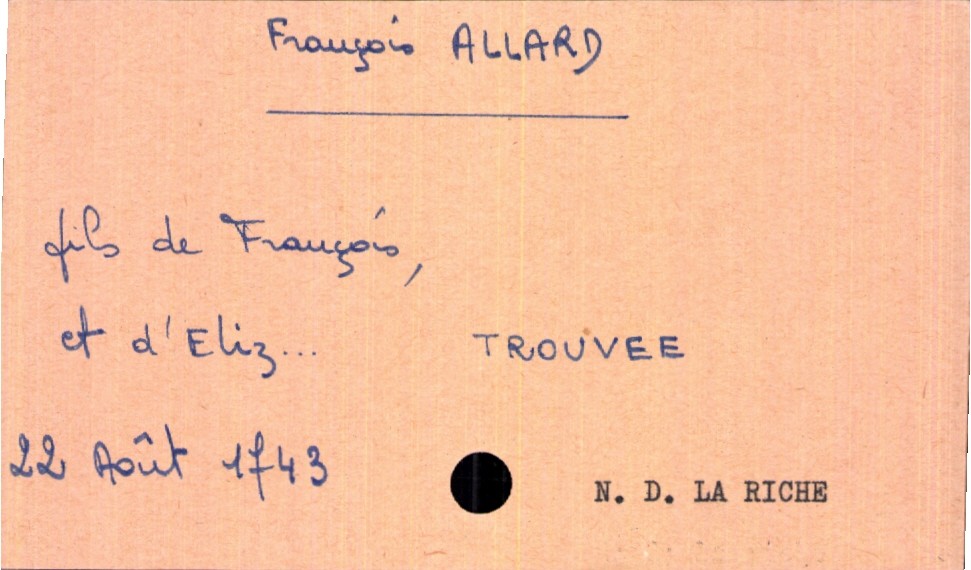
type_acte: Baptême
filiation: fils
enfant_prénom: François
enfant_date_de_naissance: 22 août 1743
enfant_lieu_de_naissance: Notre Dame La Riche
père_enfant_nom: Allard
père_enfant_prénom: François
mère_enfant_nom: Trouvee
mère_enfant_prénom: Eliz...